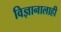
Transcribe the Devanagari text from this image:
विज्ञानालाही